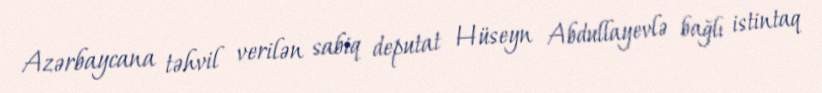
Azərbaycana təhvil verilən sabiq deputat Hüseyn Abdullayevlə bağlı istintaq